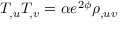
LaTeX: T _ { , u } T _ { , v } = \alpha e ^ { 2 \phi } \rho _ { , u v }